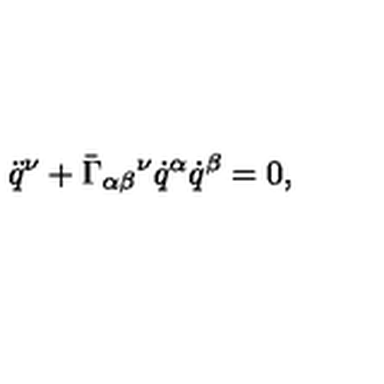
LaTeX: \ddot { q } ^ { \nu } + \bar { \Gamma } _ { \alpha \beta } { } ^ { \nu } \dot { q } ^ { \alpha } \dot { q } ^ { \beta } = 0 ,